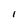
Character: l